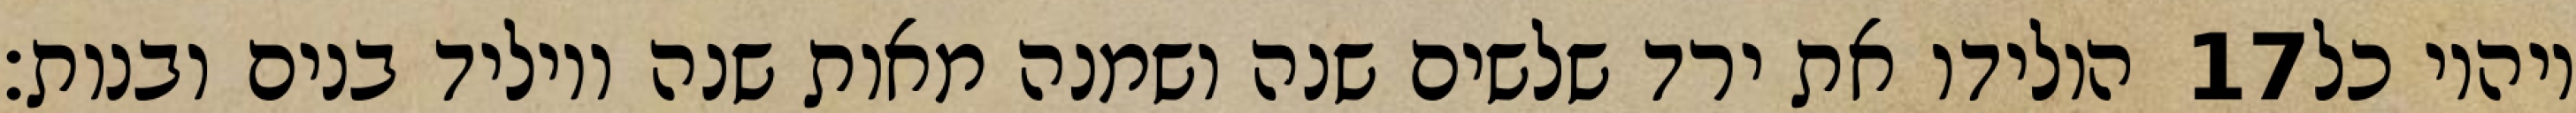
הולידו את ירד שלשים שנה ושמנה מאות שנה ויוליד בנים ובנות׃ ‎17‏ ויהיו כל